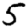
Digit: 5